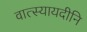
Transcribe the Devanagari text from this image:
वात्स्यायदीनि